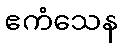
ဧကံသေန